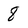
Character: 8